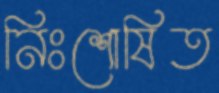
নিঃশোষিত